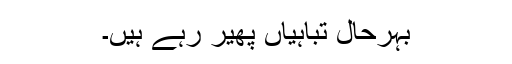
بہرحال تباہیاں پھیر رہے ہیں۔